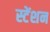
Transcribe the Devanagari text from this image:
स्टेंशन